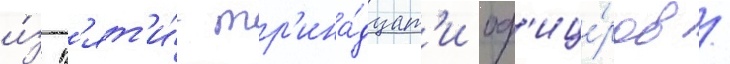
и́з п'ят'и́-тр'ина́дцат'и оф'ице́ров /